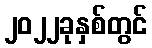
၂၀၂၂ခုနှစ်တွင်